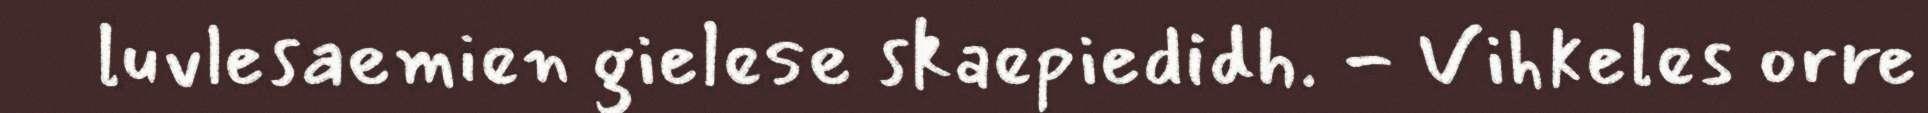
luvlesaemien gielese skaepiedidh. - Vihkeles orre